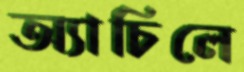
অ্যাচিলে